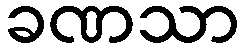
ခဏသာ